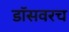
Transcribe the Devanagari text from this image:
डॉसवरच